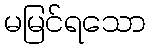
မမြင်ရသော